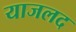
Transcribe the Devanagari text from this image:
याजलद